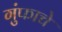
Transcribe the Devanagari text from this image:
गुंफाचे